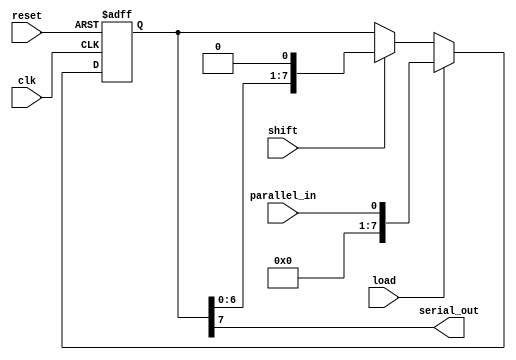
module parallel_serial_register(
  input clk,             // Clock signal
  input reset,           // Reset signal
  input parallel_in,     // Parallel data input
  input load,            // Control signal for parallel loading
  input shift,           // Control signal for shifting out data
  output reg serial_out  // Serial data output
);

  reg [7:0] data;      // 8-bit data register
  reg [7:0] shift_reg; // 8-bit shift register

  always @(posedge clk or posedge reset) begin
    if (reset) begin
      data <= 8'b0;
      shift_reg <= 8'b0;
    end else begin
      if (load) begin
        data <= parallel_in;
        shift_reg <= parallel_in;
      end else if (shift) begin
        shift_reg <= {shift_reg[6:0], 1'b0}; // Shift data to the right
      end
    end
  end

  always @* begin
    serial_out = shift_reg[7]; // Output the MSB of the shift register
  end

endmodule